Mental hospitals Bombay report 1929-33 - 1929-1933
Year: 1929
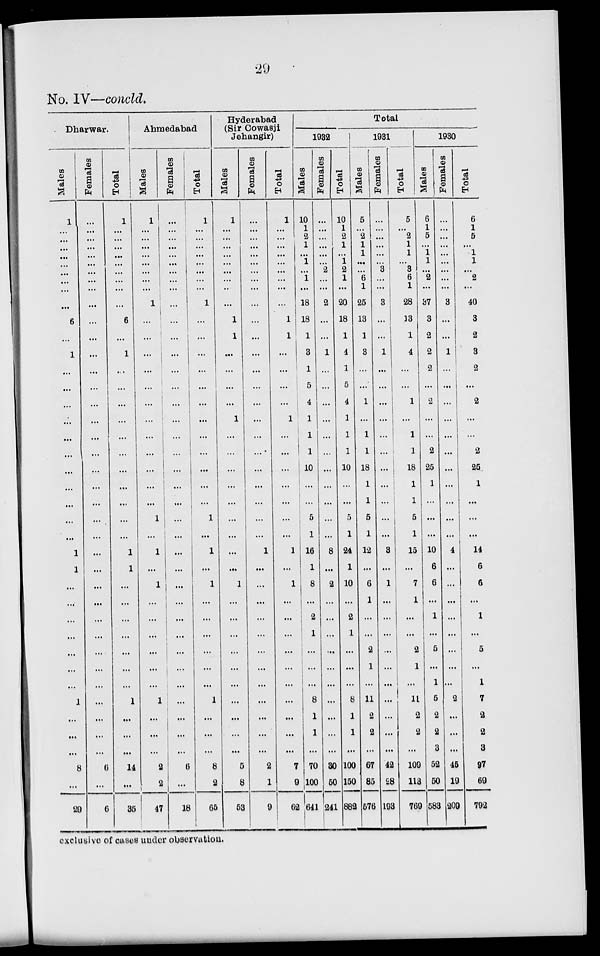
29
No. IV—concld.
Dharwar.
Males
1
...
...
...
...
...
...
...
...
...
6
...
1
...
...
...
...
...
...
...
...
...
...
...
1
1
...
...
...
...
...
...
...
1
...
...
...
8
...
29
Females
...
...
...
...
...
...
...
...
...
...
...
...
...
...
...
...
...
...
...
...
...
...
...
...
...
...
...
...
...
...
...
...
...
...
...
...
...
6
...
6
Total
1
...
...
...
...
...
...
...
...
...
6
...
1
...
...
...
...
...
...
...
...
...
...
...
1
1
...
...
...
...
...
...
...
1
...
...
...
14
...
35
Ahmedabad
Males
1
...
...
...
...
...
...
...
...
1
1
...
...
...
...
...
...
...
...
...
...
...
1
...
1
...
1
...
...
...
...
...
...
1
...
...
...
2
2
47
Females
...
...
...
...
...
...
...
...
...
...
...
...
...
...
...
...
...
...
...
...
...
...
1
...
...
...
...
...
...
...
...
...
...
...
...
...
...
6
...
18
Total
1
...
...
...
...
...
...
...
...
1
...
...
...
...
...
...
...
...
...
...
...
...
1
...
1
...
1
...
...
...
...
...
...
1
...
...
...
8
2
65
Hyderabad
(Sir Cowasji
Jehangir)
Males
1
...
...
...
...
...
...
...
...
...
1
1
...
...
...
...
1
...
...
...
...
...
...
...
...
...
1
...
...
...
...
...
...
...
...
...
...
5
8
53
Females
...
...
...
...
...
...
...
...
...
...
...
...
...
...
...
...
...
...
...
...
...
...
...
...
1
...
...
...
...
...
...
...
...
...
...
...
...
2
1
9
Total
1
...
...
...
...
...
...
...
...
...
1
1
...
...
...
...
1
...
...
...
...
...
...
...
1
...
1
...
...
...
...
...
...
...
...
...
...
7
9
62
Total
1932
Males
10
1
2
1
...
1
...
1
...
18
18
1
3
1
5
4
1
1
1
10
...
...
5
1
16
1
8
...
2
1
...
...
...
8
1
1
...
70
100
641
Females
...
...
...
...
...
...
2
...
...
2
...
...
1
...
...
...
...
...
...
...
...
...
...
...
8
...
2
...
...
...
...
...
...
...
...
...
...
30
50
241
Total
10
1
2
1
...
1
2
1
...
20
18
1
4
1
5
4
1
1
1
10
...
...
5
1
24
1
10
...
2
1
...
...
...
8
1
1
...
100
150
882
1931
Males
5
...
2
1
1
...
...
6
1
25
13
1
3
...
...
1
...
1
1
18
1
1
5
1
12
...
6
1
...
...
2
1
...
11
2
2
...
67
85
576
Females
...
...
...
...
...
...
3
...
...
3
...
...
1
...
...
...
...
...
...
...
...
...
...
...
3
...
1
...
...
...
...
...
...
...
...
...
...
42
28
193
Total
5
...
2
1
1
...
3
6
1
28
13
1
4
...
...
1
...
1
1
18
1
1
5
1
15
...
7
1
...
...
2
1
...
11
2
2
...
109
113
769
1930
Males
6
1
5
...
1
1
...
2
...
37
3
2
2
2
...
2
...
...
2
25
1
...
...
...
10
6
6
...
1
...
5
...
1
5
2
2
3
52
50
583
Females
...
...
...
...
...
...
...
...
...
3
...
...
1
...
...
...
...
...
...
...
...
...
...
...
4
...
...
...
...
...
...
...
...
2
...
...
...
45
19
209
Total
6
1
5
...
1
1
...
2
...
40
3
2
3
2
...
2
...
...
2
25
1
...
...
...
14
6
6
...
1
...
5
...
1
7
2
2
3
97
69
792
exclusive of cases under observation.